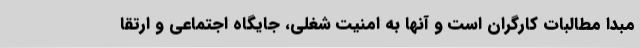
مبدا مطالبات کارگران است و آنها به امنیت شغلی، جایگاه اجتماعی و ارتقا